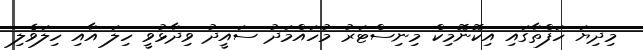
މިދިޔަ ހަފްތާގައި އިކޮނޮމިކް މިނިސްޓަރު މުހައްމަދު ސައީދު ވިދާޅުވީ ހިލަ އާއި ހިލަވެލި